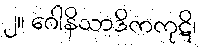
၂။ ဂေါနိသာဒိကကုဋိ၊